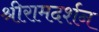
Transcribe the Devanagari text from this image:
श्रीरामदर्शन